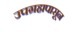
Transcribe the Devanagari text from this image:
उपग्रहापासून